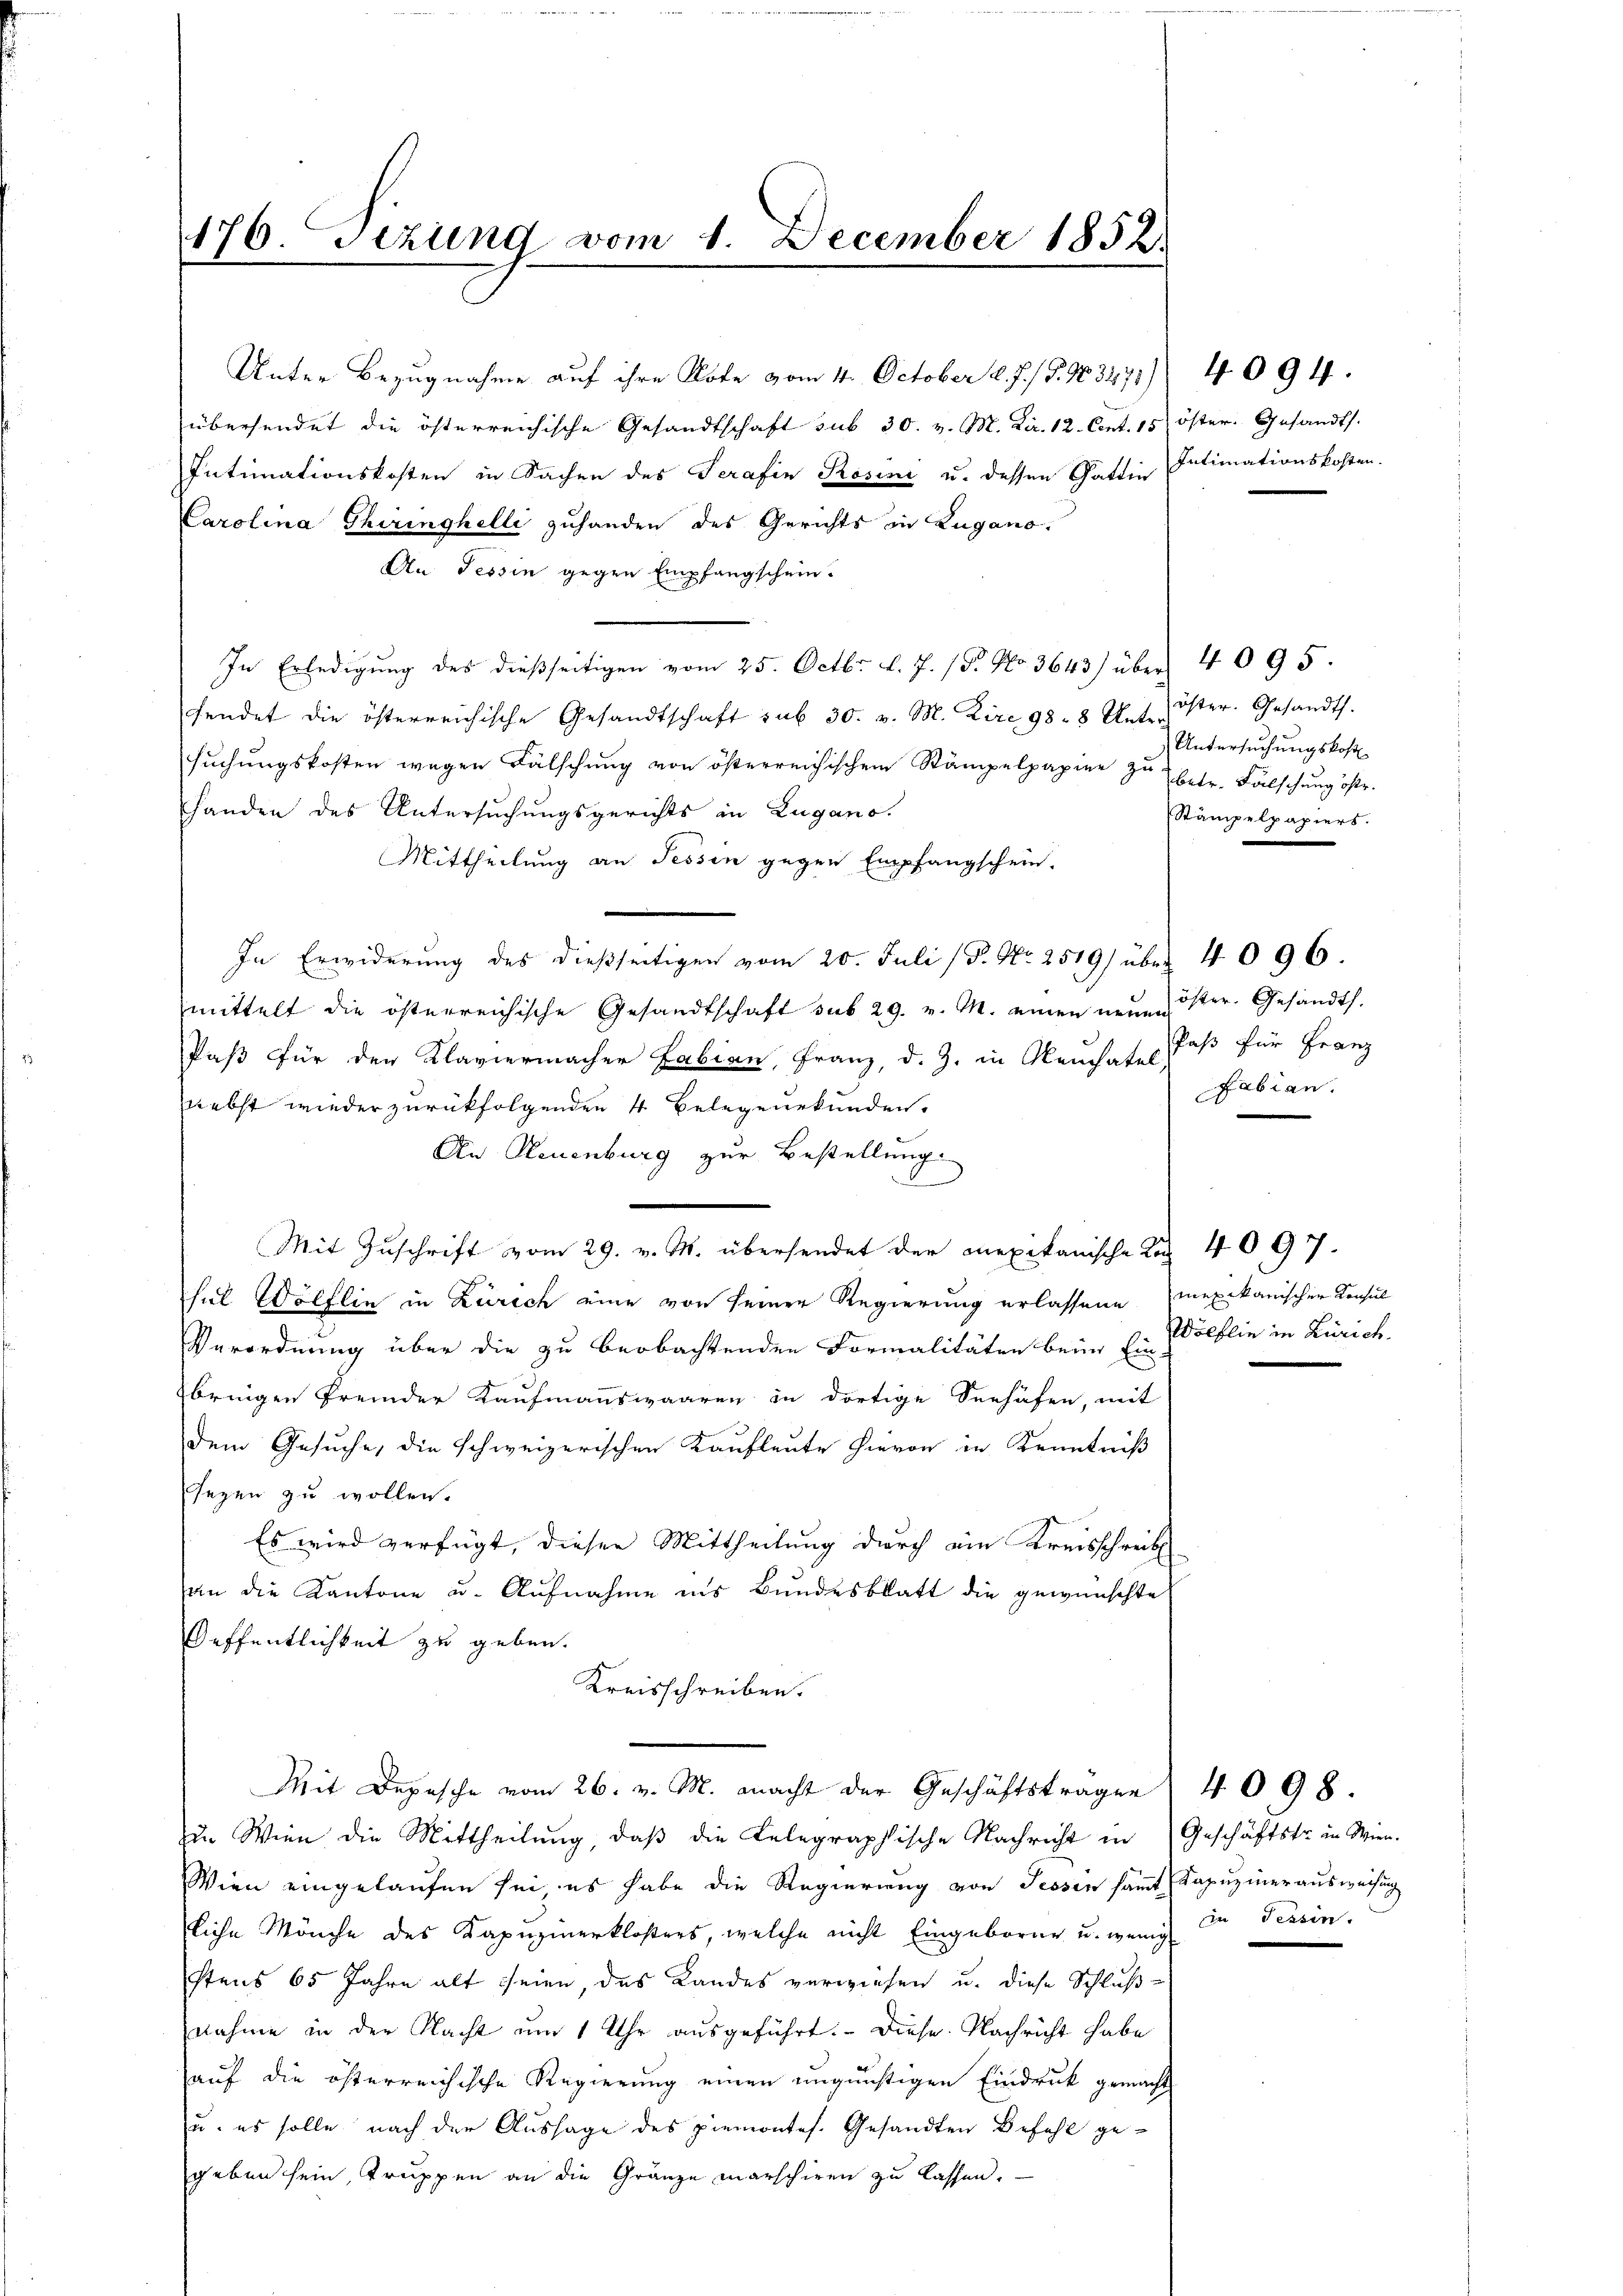
176. Sezung vom 1. December 1852.

übersendet die österreichische Gesandtschaft sub 30. v. M. Kar. 12. Cent. 15 öster. Gesandts
Intimationskosten in Sachen des Serafin Rosini u. dessen Gattin Intimationskosten.
Carolina Thiringhelli zuhanden des Gerichts in Zugano.
An Tessin gegen Empfangschein.
In Erledigung des dießseitigen vom 25. Octbr. d. J. (T. No. 3643) über 4 095.
fendet die österreichische Gesandtschaft sub 30. v. M. Kire 98. 8 Art. Ister. Gesandt.
suchungskosten wegen Fälschung von österreichischen Stämpelpapier zu betr. Falschung öfte.
Handen des Untersuchungsgerichts in Lugano.
Mittheilung an Tessin gegen Empfangschein.
In Erwiderung des dießseitigen vom 20. Juli (P. Nr. 2519/ über 4096.
mittelt die österreichische Gesandtschaft sub 29. v. M. einen neuester. Gesandt.
Paß für den Klaviermacher Fabian, Franz, d. J. in Meuchatel, daß für Franz
nebst wieder zurückfolgenden 4 Belegenskunden.
An Steuenburg zur Bestellung.
Mit Zuschrift vom 29. v. M. übersendet der mexikanische Last 4097.
hul Wölflin in Zürich eine von seiner Regierung erlassene mexikanischen Konsul
Verordnung über die zu beobachtenden Formalitäten beim Ein Wölflin in Zürich.
bringen fremder Kaufmannswaaren in dortige Verhöfen, mit
dem Gesuche, die schweizerischen Kaufleute hievon in Kenntniß
sezen zu wollen.
Es wird verfügt, dieser Mittheilung durch ein Kreisschreib
an die Kantone u. Aufnahme ins Bundesblatt die gewünschtet
Oeffentlichkeit zu geben.
Kreisschreiben.
Mit Depesche vom 26. v. M. macht der Geschäftstragen 4098
u. Wien die Mittheilŭng, daβ die Belegraphische Nachricht in Geschäftstr. in Wien.
Wien eingelaufen sei es habe die Regierung von Tessin sammt Kapuziner ausweisung
liche Mönche des Kapuzinerklosters, welche nicht Eingeboren u. wenig in Tessin.
stens 65 Jahre alt seien, das Landes verwiesen u. diese Schlußnahme in der Nacht um 1 Uhr ausgeführt. Diese Nachricht habe
auf die österreichische Regierung einen ungünstigen Eindruck gemacht
u. es solle nach der Aussage des piemontes. Gesandten Befehl gegeben sein, Truppen an die Gränze marschiren zu lassen.

Unter Bezugnahme auf ihre Note vom 4. October l. J. / P. N. 3275)

4094.

Untersuchungskost
Stämpelpapiers.

Fabian.